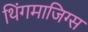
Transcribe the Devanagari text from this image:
थिंगमाजिग्स